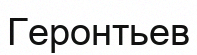
Геронтьев